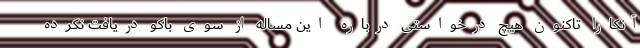
آنکارا تاکنون هیچ درخواستی درباره این مساله از سوی باکو دریافت نکرده